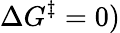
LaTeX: \Delta G^{\ddagger}=0)